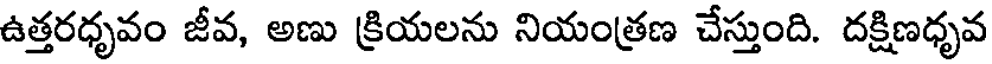
ఉత్తరధృవం జీవ, అణు క్రియలను నియంత్రణ చేస్తుంది. దక్షిణధృవ